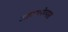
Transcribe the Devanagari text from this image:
जाण्यायेण्यास